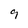
Character: 9